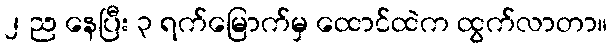
၂ ည နေပြီး ၃ ရက်မြောက်မှ ထောင်ထဲက ထွက်လာတာ။